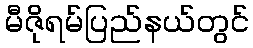
မီဇိုရမ်ပြည်နယ်တွင်